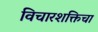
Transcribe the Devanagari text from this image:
विचारशक्तिचा